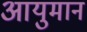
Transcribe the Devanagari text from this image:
आयुमान